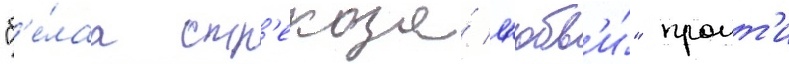
"б'е́лаа стр'екоза́ л'юбв'и́" проит'и